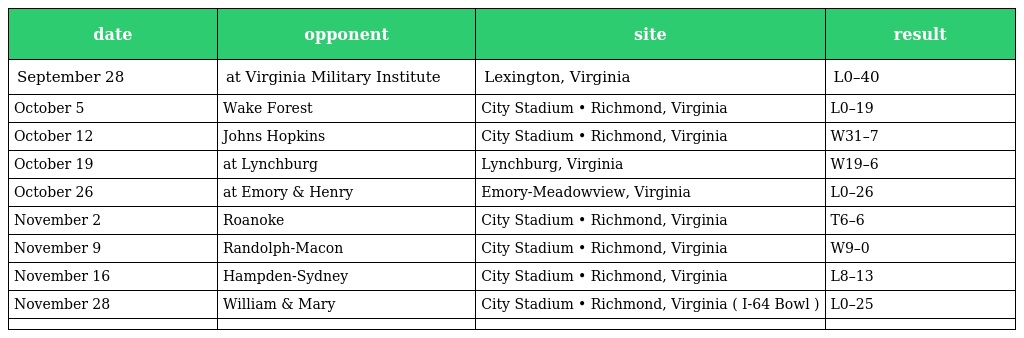
| date | opponent | site | result |
 | --- | --- | --- | --- |
 | September 28 | at Virginia Military Institute | Lexington, Virginia | L0–40 |
 | October 5 | Wake Forest | City Stadium • Richmond, Virginia | L0–19 |
 | October 12 | Johns Hopkins | City Stadium • Richmond, Virginia | W31–7 |
 | October 19 | at Lynchburg | Lynchburg, Virginia | W19–6 |
 | October 26 | at Emory & Henry | Emory-Meadowview, Virginia | L0–26 |
 | November 2 | Roanoke | City Stadium • Richmond, Virginia | T6–6 |
 | November 9 | Randolph-Macon | City Stadium • Richmond, Virginia | W9–0 |
 | November 16 | Hampden-Sydney | City Stadium • Richmond, Virginia | L8–13 |
 | November 28 | William & Mary | City Stadium • Richmond, Virginia ( I-64 Bowl ) | L0–25 |
 |  |  |  |  |